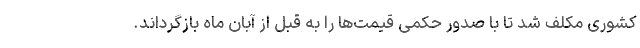
کشوری مکلف شد تا با صدور حکمی قیمت‌ها را به قبل از آبان ماه بازگرداند.